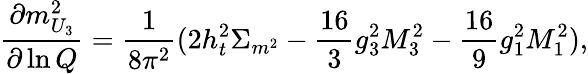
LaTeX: \frac{\partial m_{U_{3}}^{2}}{\partial\ln Q}=\frac{1}{8\pi^{2}}(2h_{t}^{2}\Sigma_{m^{2}}-\frac{16}{3}g_{3}^{2}M_{3}^{2}-\frac{16}{9}g_{1}^{2}M_{1}^{2}),